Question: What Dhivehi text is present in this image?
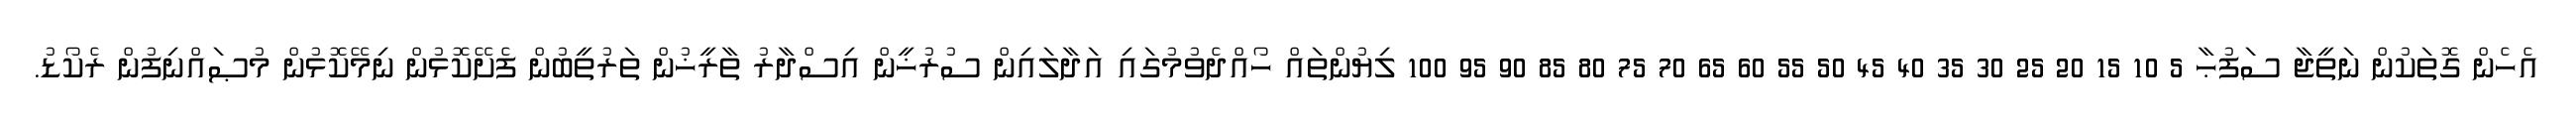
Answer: އެހެން ގޮތަކުން ނަތީޖާ ސަފުޙާ 5 10 15 20 25 30 35 40 45 50 55 60 65 70 75 80 85 90 95 100 ލިޔުންތައް ހޯއްދެވުމުގައި އަދާލައިން ސުރުޚީން އިސްދާރު ތާރީޚުން ތަރުތީބުން ފެށޭކޮޅުން ނިމޭކޮޅުން މުޞައްނިފުން ރެކޯޑު.